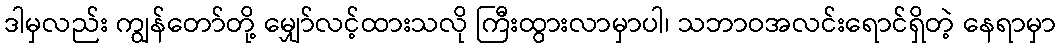
ဒါမှလည်း ကျွန်တော်တို့ မျှော်လင့်ထားသလို ကြီးထွားလာမှာပါ၊ သဘာဝအလင်းရောင်ရှိတဲ့ နေရာမှာ